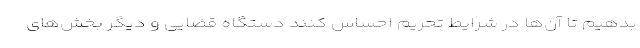
بدهیم تا آن‌ها در شرایط تحریم احساس کنند دستگاه قضایی و دیگر بخش‌های